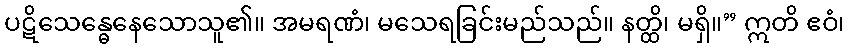
ပဋိသေန္ဓေနေသောသူ၏။ အမရဏံ၊ မသေရခြင်းမည်သည်။ နတ္ထိ၊ မရှိ။” ဣတိ ဧဝံ၊